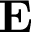
\mathbf { E }